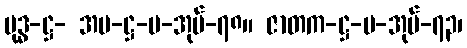
ဗုဒ္ဓ-ဋ္ဌ- အပ-ဋ္ဌ-ပ-အုပ်-၇၈။ ဇာတက-ဋ္ဌ-ပ-အုပ်-၇၃၊